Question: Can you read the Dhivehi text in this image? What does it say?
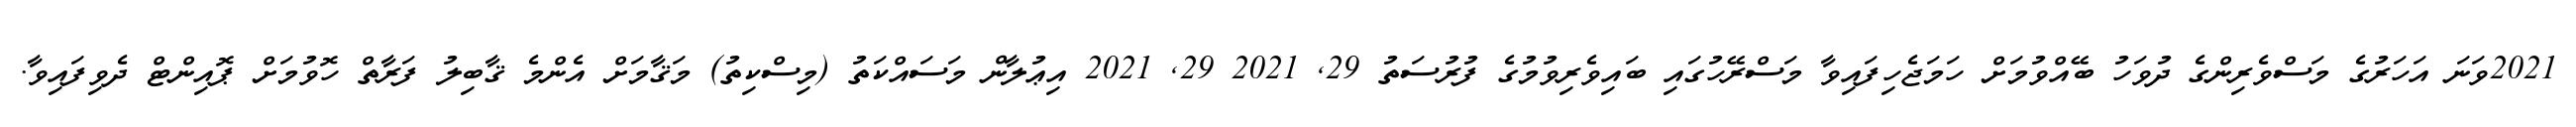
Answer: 2021ވަނަ އަހަރުގެ މަސްވެރިންގެ ދުވަހު ބޭއްވުމަށް ހަމަޖެހިފައިވާ މަސްރޭހުގައި ބައިވެރިވުމުގެ ފުރުސަތު 29, 2021 29, 2021 އިޢުލާން މަސައްކަތު (މިސްކިތު) މަޤާމަށް އެންމެ ޤާބިލު ފަރާތް ހޮވުމަށް ޕޮއިންޓް ދެވިފައިވާ.